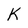
Character: K